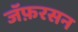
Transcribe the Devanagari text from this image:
जॅफ़रसन